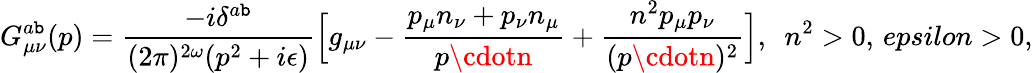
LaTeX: G_{\mu\nu}^{a\mathtt{b}}(p)=\frac{{-i\delta^{a\mathtt{b}}}}{{(2\pi)^{2\omega}(p^{2}+i\epsilon)}}\Big[g_{\mu\nu}-\frac{{p_{\mu}n_{\nu}+p_{\nu}n_{\mu}}}{{p\cdotn}}+\frac{{n^{2}p_{\mu}p_{\nu}}}{{(p\cdotn)^{2}}}\Big],\ \ n^{2}>0,\, epsilon>0,